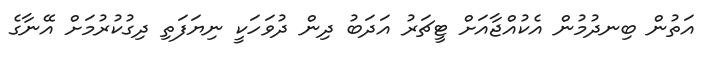
އަތުން ބިނދުމުން އެކުއްޖާއަށް ޓީޗަރު އަދަބު ދިން ދުވަހަކީ ނިޔަފަތި ދިގުކުރުމަށް އޭނާގެ